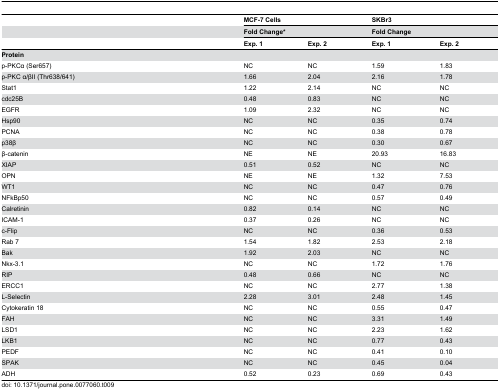
|  | <COLSPAN=2> MCF-7 Cells | <COLSPAN=2> SKBr3 |
 |  | <COLSPAN=2> Fold Change* | <COLSPAN=2> Fold Change |
 |  | Exp. 1 | Exp. 2 | Exp. 1 | Exp. 2 |
 | --- | --- | --- | --- | --- |
 | Protein |  |  |  |  |
 | p-PKCα (Ser657) | NC | NC | 1.59 | 1.83 |
 | p-PKC α/βII (Thr638/641) | 1.66 | 2.04 | 2.16 | 1.78 |
 | Stat1 | 1.22 | 2.14 | NC | NC |
 | cdc25B | 0.48 | 0.83 | NC | NC |
 | EGFR | 1.09 | 2.32 | NC | NC |
 | Hsp90 | NC | NC | 0.35 | 0.74 |
 | PCNA | NC | NC | 0.38 | 0.78 |
 | p38β | NC | NC | 0.30 | 0.67 |
 | β-catenin | NE | NE | 20.93 | 16.83 |
 | XIAP | 0.51 | 0.52 | NC | NC |
 | OPN | NE | NE | 1.32 | 7.53 |
 | WT1 | NC | NC | 0.47 | 0.76 |
 | NFkBp50 | NC | NC | 0.57 | 0.49 |
 | Calretinin | 0.82 | 0.14 | NC | NC |
 | ICAM-1 | 0.37 | 0.26 | NC | NC |
 | c-Flip | NC | NC | 0.36 | 0.53 |
 | Rab 7 | 1.54 | 1.82 | 2.53 | 2.18 |
 | Bak | 1.92 | 2.03 | NC | NC |
 | Nkx-3.1 | NC | NC | 1.72 | 1.76 |
 | RIP | 0.48 | 0.66 | NC | NC |
 | ERCC1 | NC | NC | 2.77 | 1.38 |
 | L-Selectin | 2.28 | 3.01 | 2.48 | 1.45 |
 | Cytokeratin 18 | NC | NC | 0.55 | 0.47 |
 | FAH | NC | NC | 3.31 | 1.49 |
 | LSD1 | NC | NC | 2.23 | 1.62 |
 | LKB1 | NC | NC | 0.77 | 0.43 |
 | PEDF | NC | NC | 0.41 | 0.10 |
 | SPAK | NC | NC | 0.45 | 0.04 |
 | ADH | 0.52 | 0.23 | 0.69 | 0.43 |